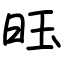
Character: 𫞂